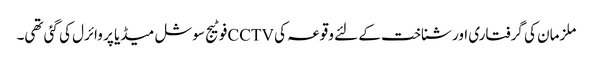
ملزمان کی گرفتاری اور شناخت کے لئے وقوعہ کی CCTVفوٹیج سوشل میڈیا پر وائرل کی گئی تھی۔